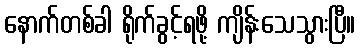
နောက်တစ်ခါ ရိုက်ခွင့်ရဖို့ ကျိန်းသေသွားပြီ။